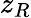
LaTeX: z_{R}